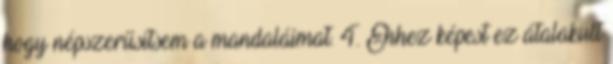
hogy népszerűsítsem a mandaláimat. 4. Ehhez képest ez átalakult